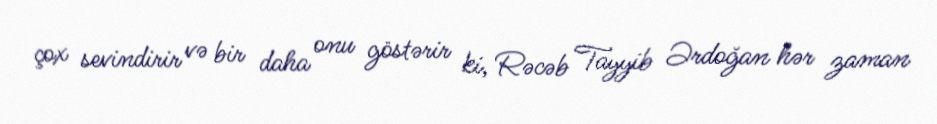
çox sevindirir və bir daha onu göstərir ki, Rəcəb Tayyib Ərdoğan hər zaman